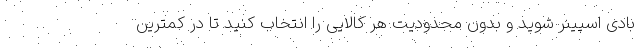
بادی اسپینر شوید و بدون محدودیت هر کالایی را انتخاب کنید تا در کمترین